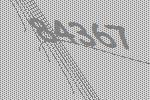
84367